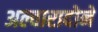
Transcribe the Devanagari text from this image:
अल्वारादोने